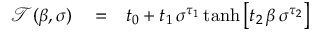
\begin{array} { r l r } { \mathcal { T } ( \beta , \sigma ) } & { { } = } & { t _ { 0 } + t _ { 1 } \, \sigma ^ { \tau _ { 1 } } \operatorname { t a n h } \left[ t _ { 2 } \, \beta \, \sigma ^ { \tau _ { 2 } } \right] } \end{array}